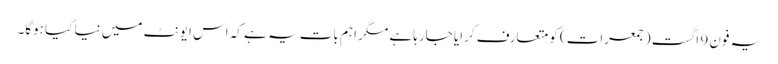
یہ فون 9 اگست (جمعرات) کو متعارف کرایا جارہا ہے مگر اہم بات یہ ہے کہ اس ایونٹ میں نیا کیا ہوگا۔